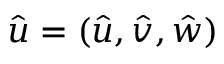
\hat { u } = ( \hat { u } , \hat { v } , \hat { w } )